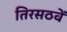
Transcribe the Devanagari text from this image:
तिरसठवें